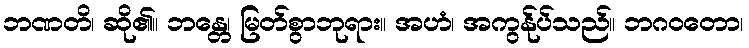
ဘဏတိ၊ ဆို၏။ ဘန္တေ၊ မြတ်စွာဘုရား။ အဟံ၊ အကွန်ုပ်သည်။ ဘဂဝတော၊